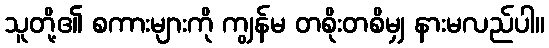
သူတို့၏ စကားများကို ကျွန်မ တစိုးတစိမျှ နားမလည်ပါ။